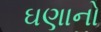
ઘણાનો